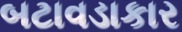
બટાવડાકાર